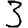
Digit: 3